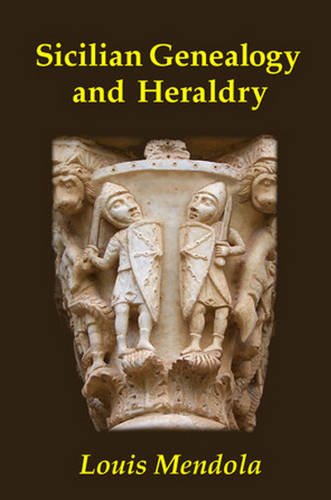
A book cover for Sicilian Genealogy and Heraldry; Louis Mendola; History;